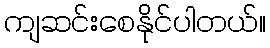
ကျဆင်းစေနိုင်ပါတယ်။